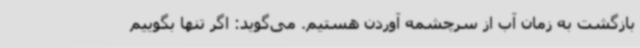
بازگشت به زمان آب از سرچشمه آوردن هستیم. می‌گوید: اگر تنها بگوییم